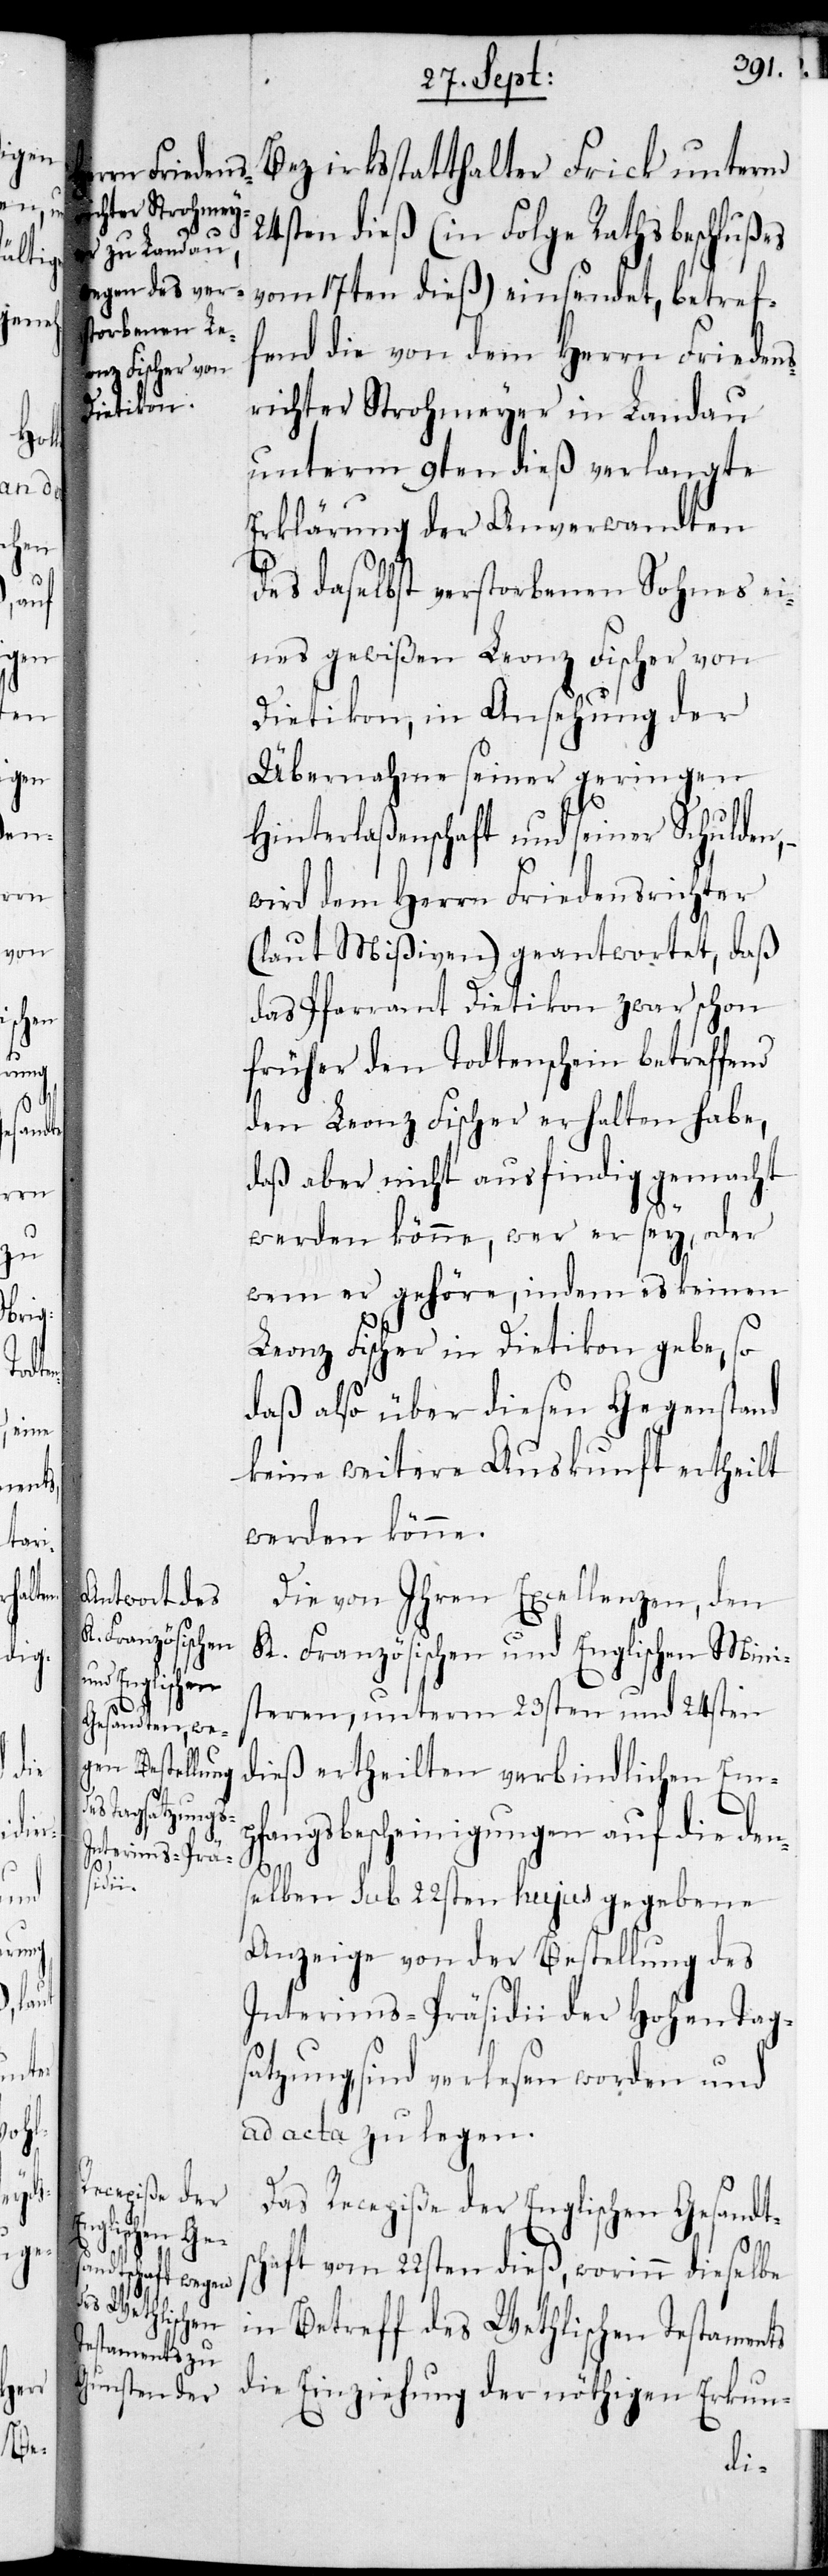
Bezirksstatthalter Frick unterm
24sten dieß (in Folge Rathsbeschlußes
vom 17ten dieß) eingesendet, betref¬
fend die von dem Herrn Friedens¬
richter Strohmeyer in Landau
unterm 9ten dieß verlangte
Erklärung der Anverwandten
des daselbst verstorbenen Sohnes ei¬
nes gewißen Leonz Fischer von
Dietikon, in Ansehung der
Übernahme seiner geringen
Hinterlaßenschaft und seiner Schulden,
wird dem Herrn Friedensrichter
(laut Mißiven) geantwortet, daß
das Pfarramt Dietikon zwar schon
früher den Todtenschein betreffend
den Leonz Fischer erhalten habe,
daß aber nicht ausfindig gemacht
werden könne, wer er sey, oder
wem er gehöre, indem es keinen
Leonz Fischer in Dietikon gebe, so
daß also über diesen Gegenstand
keine weitere Auskunft ertheilt
werden könne.
Die von Ihren Excellenzen, den
K. Französischen und Englischen Mini¬
steren, unterm 23sten und 24sten
dieß ertheilten verbindlichen Emp¬
fangsbescheinigungen auf die den¬
selben sub 22sten hujus gegebene
Anzeige von der Bestellung des
Interims-Präsidii der Hohen Tag¬
satzung, sind verlesen worden und
ad acta zu legen.
Das Recepiße der Englischen Gesandtsc¬
haft vom 22sten dieß, worinn dieselbe
in Betreff des Wethlischen Testaments
die Einziehung der nöthigen Erkun-